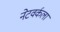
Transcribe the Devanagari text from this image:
नेटवर्कला